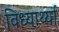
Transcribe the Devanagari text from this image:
विध्यार्थ्या